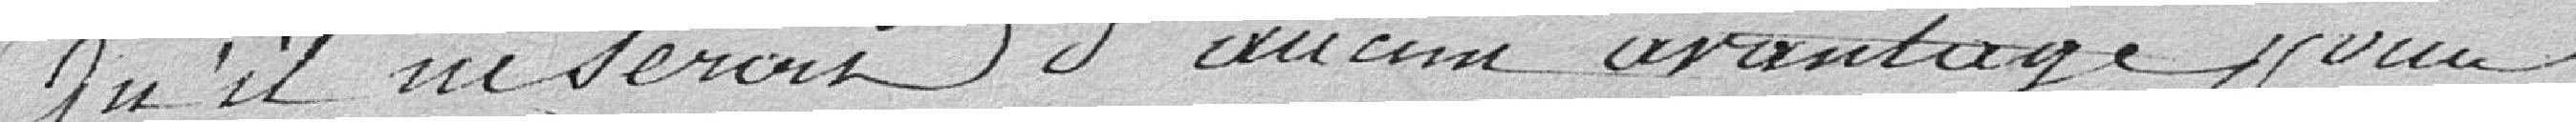
Qu'il na serait d'aucun avantage pour